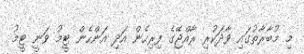
މި މުބާރާތުގައި ވާދަކުރި ރާއްޖޭގެ ފިރިހެން އަދި އަންހެން ޓީމު ވަނީ ޓީމު